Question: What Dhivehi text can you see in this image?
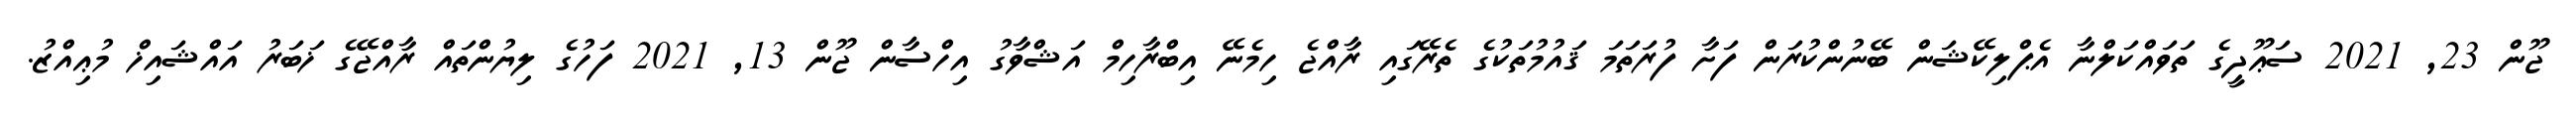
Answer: ޖޫން 23, 2021 ސަޢޫދީގެ ތަވައްކަލްނާ އެޕްލިކޭޝަން ބޭނުންކުރަން ފަށާ ފުރަތަމަ ޤައުމުތަކުގެ ތެރޭގައި ރާއްޖެ ހިމެނޭ އިބްރާހިމް އަޝްވާގު އިހްސާން ޖޫން 13, 2021 ފަހުގެ ލިޔުންތައް ރާއްޖޭގެ ޚަބަރު އައްޝައިޚް މުޢިއްޒު.